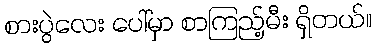
စားပွဲလေး ပေါ်မှာ စာကြည့်မီး ရှိတယ်။